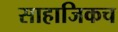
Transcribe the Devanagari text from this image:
साहाजिकच